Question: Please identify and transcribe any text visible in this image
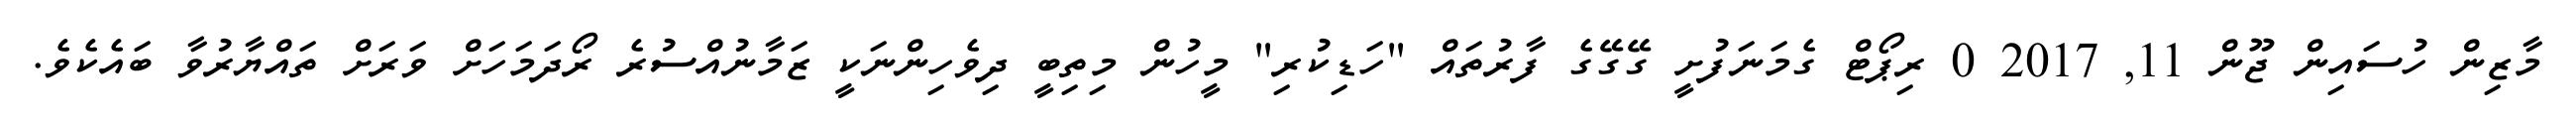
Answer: މާޒިން ހުސައިން ޖޫން 11, 2017 0 ރިޕޯޓް ގެމަނަފުށީ ގޭގޭގެ ފާރުތައް "ހަޑިކުރި" މީހުން މިތިބީ ދިވެހިންނަކީ ޒަމާނުއްސުރެ ރޯދަމަހަށް ވަރަށް ތައްޔާރުވާ ބައެކެވެ.